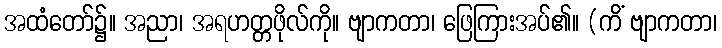
အထံတော်၌။ အညာ၊ အရဟတ္တဖိုလ်ကို။ ဗျာကတာ၊ ဖြေကြားအပ်၏။ (ကိံ ဗျာကတာ၊